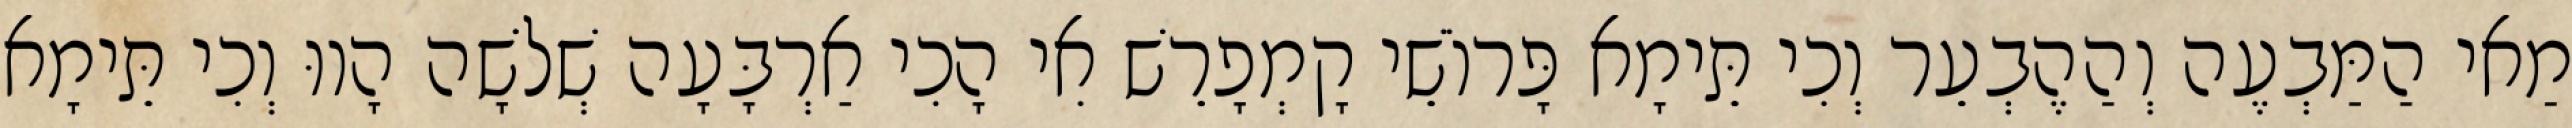
מַאי הַמַּבְעֶה וְהַהֶבְעֵר וְכִי תֵּימָא פָּרוֹשֵׁי קָמְפָרֵשׁ אִי הָכִי אַרְבָּעָה שְׁלֹשָׁה הָווּ וְכִי תֵּימָא